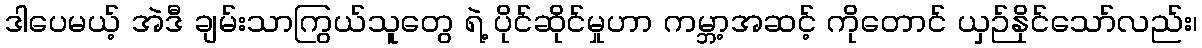
ဒါပေမယ့် အဲဒီ ချမ်းသာကြွယ်သူတွေ ရဲ့ ပိုင်ဆိုင်မှုဟာ ကမ္ဘာ့အဆင့် ကိုတောင် ယှဉ်နိုင်သော်လည်း၊